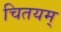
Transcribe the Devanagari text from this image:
चितयम्